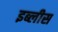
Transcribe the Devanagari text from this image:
इब्लीस